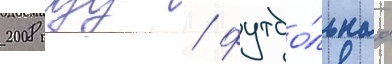
2008 году / футбо́льнаа